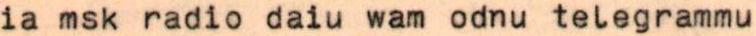
ia msk radio daiu wam odnu telegrammu